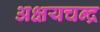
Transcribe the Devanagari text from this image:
अक्षयचन्द्र